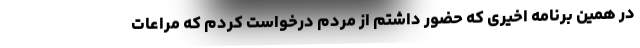
در همین برنامه اخیری که حضور داشتم از مردم درخواست کردم که مراعات